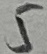
Text: 5